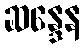
ဆန္ဒေန